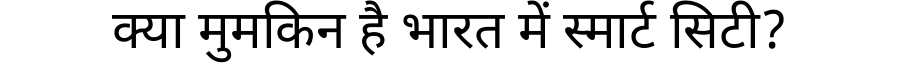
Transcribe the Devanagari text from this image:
क्या मुमकिन है भारत में स्मार्ट सिटी?